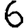
Digit: 6